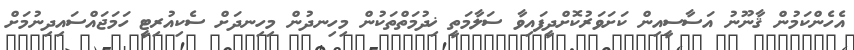
އެހެންކަމުން ޤާނޫނު އަސާސީއިން ކަށަވަރުކޮށްދީފައިވާ ސަލާމަތީ ޚިދުމަތްތަކުން މިހިނދުން މިހިނދަަށް ސެކިއުރިޓީ ހަމަޖައްސައިދިނުމަށް